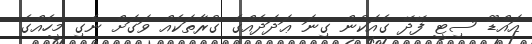
އައްޑޫ ސިޓީ ފޭދޭ ގެއަކުން ގިނަ ޢަދަދެއްގެ ގުރާތަކެއް ވަގަށް ނެގި މީހެއްގެ